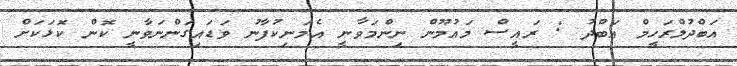
އަބްދުލްރަހީމް އަބްދު : ރައީސް މައުމޫން ނިންމަވާނީ އެމަނިކުފާނު ވަޑައިގަންނަވާނީ ކޮން ކޮޅަކަށް